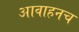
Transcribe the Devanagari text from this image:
आवाहनच